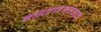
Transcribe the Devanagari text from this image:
बसल्यासारखे